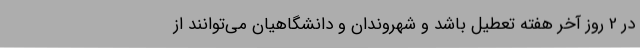
در 2 روز آخر هفته تعطیل باشد و شهروندان و دانشگاهیان می‌توانند از